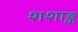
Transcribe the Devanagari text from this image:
शशाङ्क